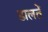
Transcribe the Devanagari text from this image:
डालतें